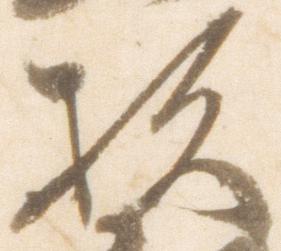
杉